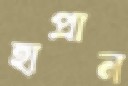
হাপ্‌রান